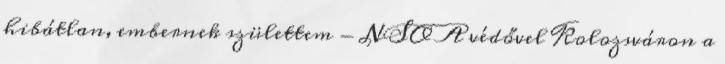
hibátlan, embernek születtem - NSO A védővel Kolozsváron a